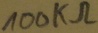
Text: 100KΩ